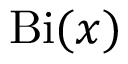
\operatorname { B i } ( x )